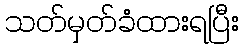
သတ်မှတ်ခံထားရပြီး